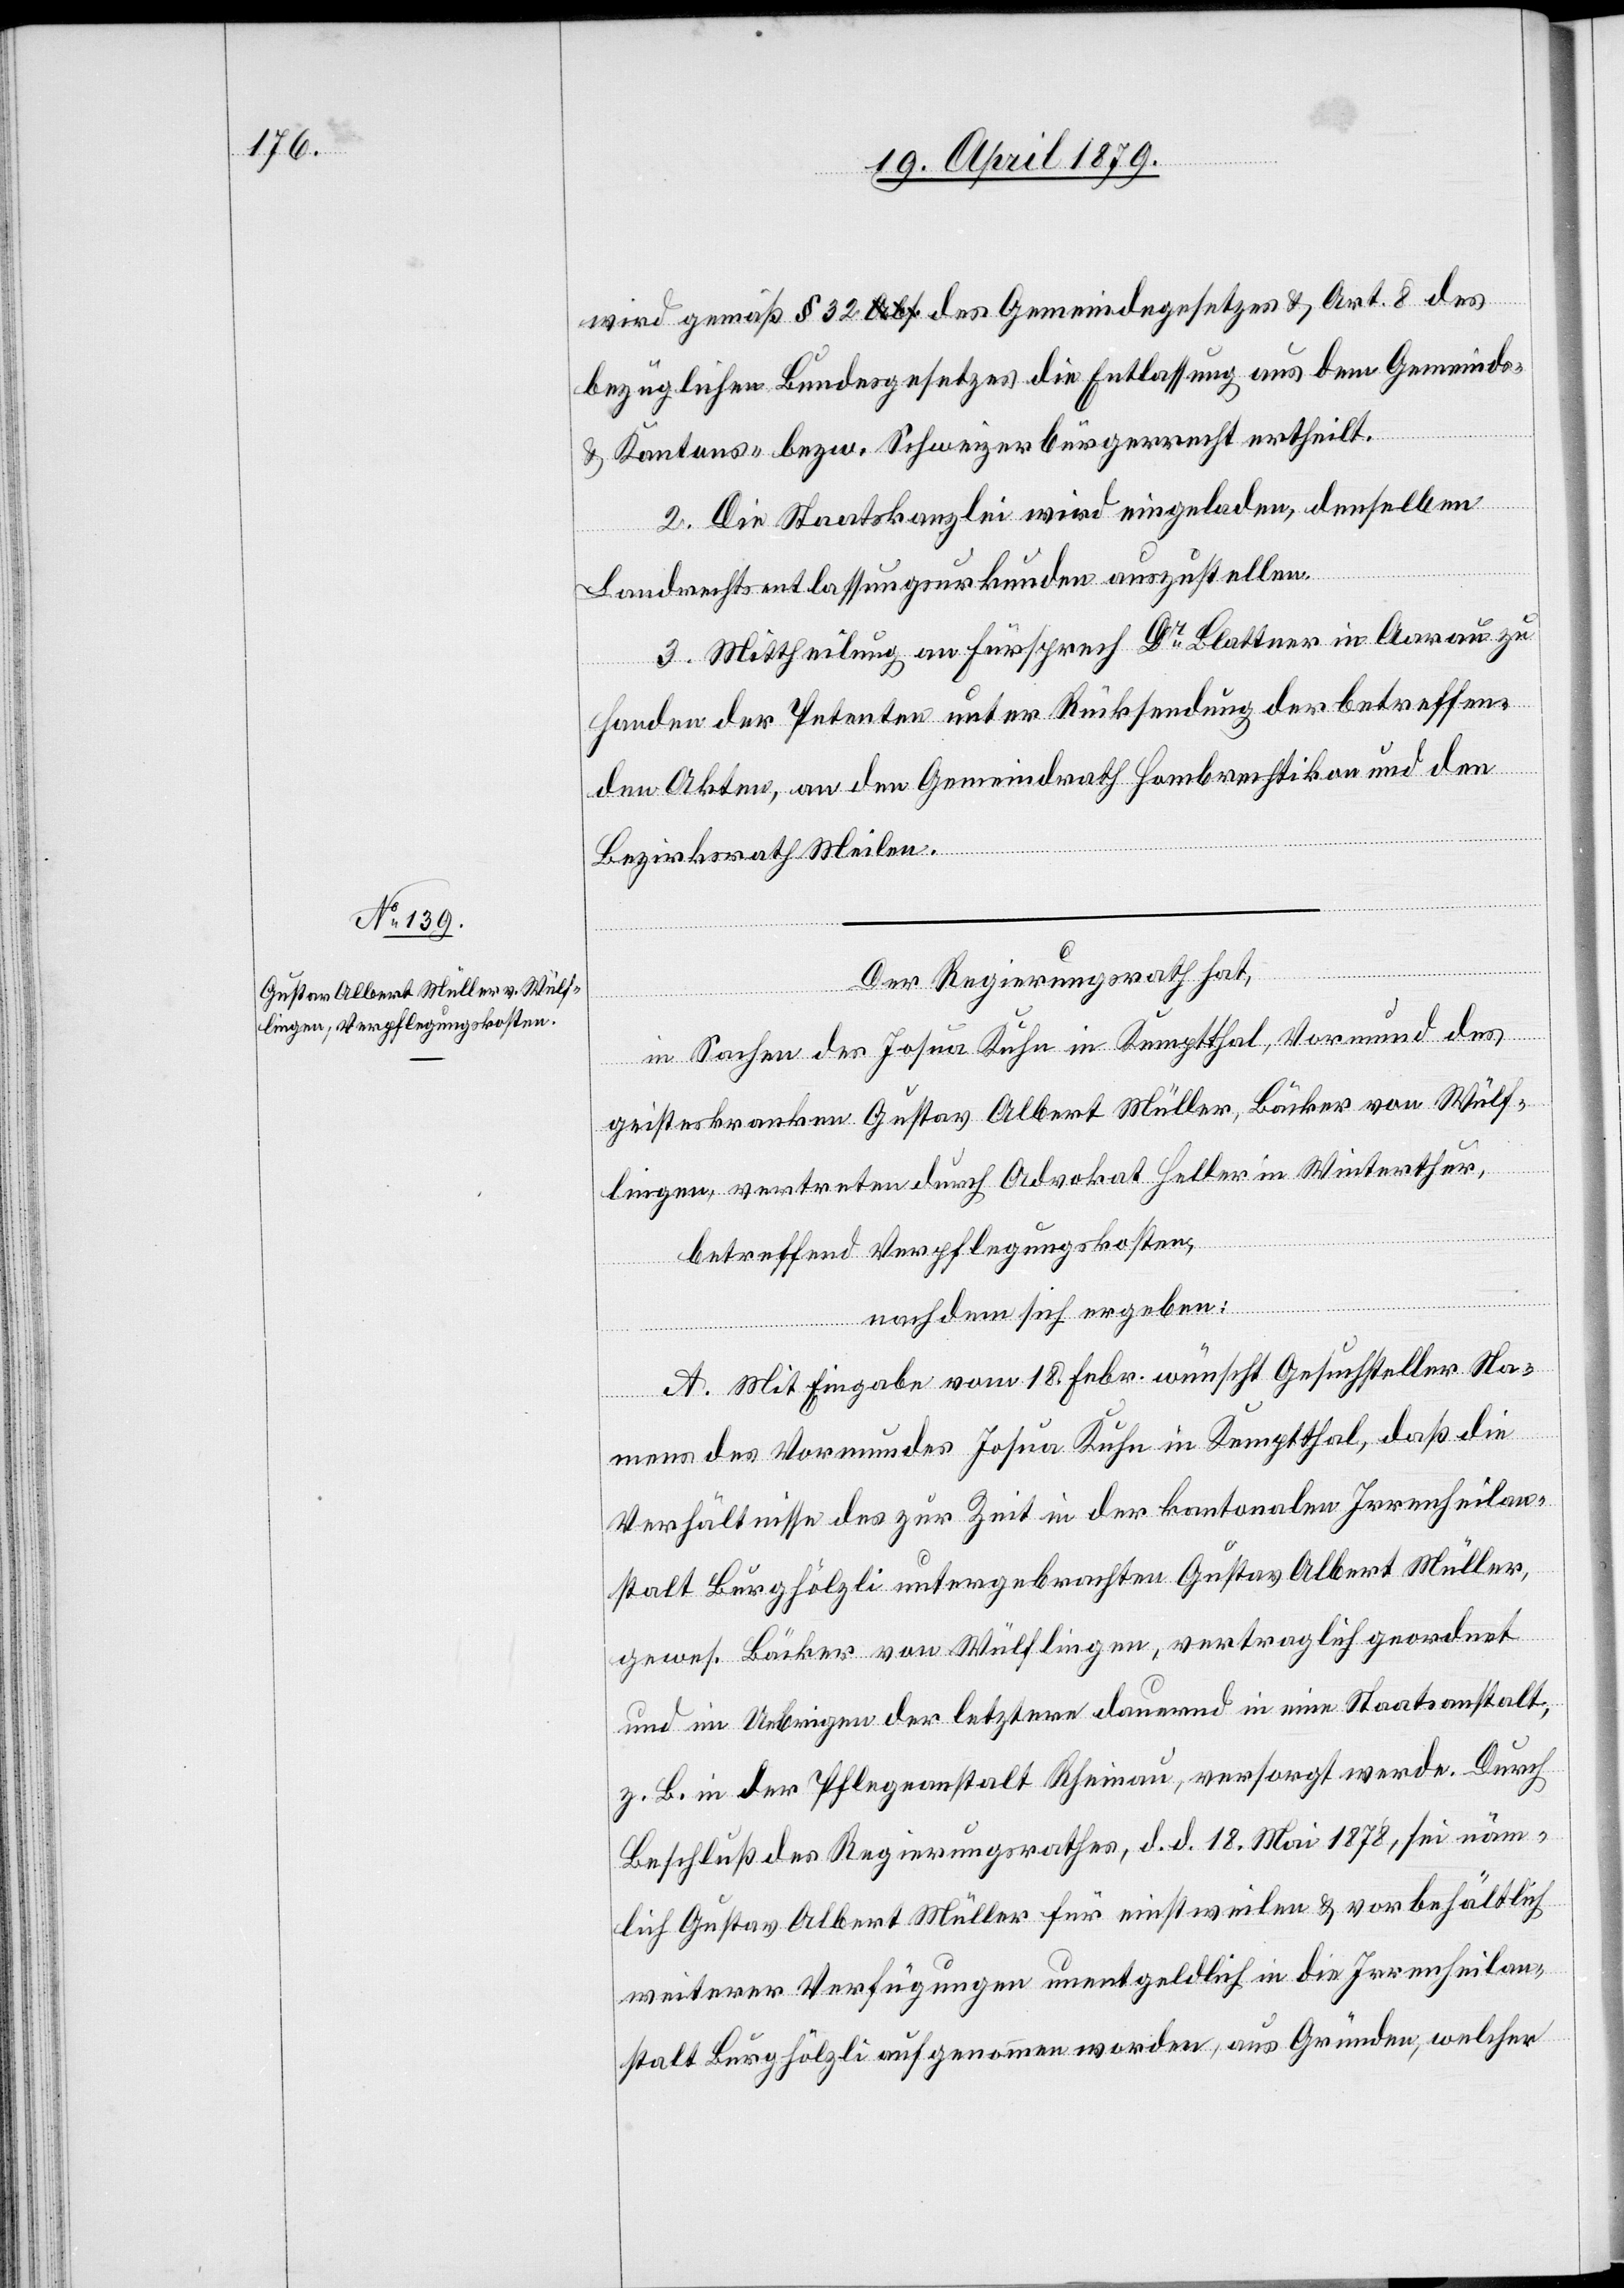
wird gemäß § 32 des Gemeindegesetzes & Art. 8 des
bezüglichen Bundesgesetzes die Entlassung aus dem Gemeinds-
& Kantons- bezw. Schweizerbürgerrecht ertheilt.
2. Die Staatskanzlei wird eingeladen, denselben
Landrechtsentlassungsurkunden auszustellen.
3. Mittheilung an Fürsprech Dr Blattner in Aarau zu
Handen der Petenten unter Rücksendung der betreffen¬
den Akten, an den Gemeindrath Hombrechtikon und den
Bezirksrath Meilen.
Der Regierungsrath hat,
in Sachen des Josua Kuhn in Kemptthal, Vormund des
geisteskranken Gustav Albert Müller, Bäcker von Wülf¬
lingen, vertreten durch Advokat Heller in Winterthur,
betreffend Verpflegungskosten,
nachdem sich ergeben:
A. Mit Eingabe vom 18. Febr. wünscht Gesuchsteller Na¬
mens des Vormundes Josua Kuhn in Kemptthal, daß die
Verhältnisse des zur Zeit in der kantonalen Irrenheilan¬
stalt Burghölzli untergebrachten Gustav Albert Müller,
gewes. Bäcker von Wülflingen, vertraglich geordnet
und im Uebrigen der letztere dauernd in eine Staatsanstalt,
z. B. in der Pflegeanstalt Rheinau, versorgt werde. Durch
Beschluß des Regierungsrathes, d. d. 18. Mai 1878, sei näm¬
lich Gustav Albert Müller für einstweilen & vorbehältlich
weiterer Verfügungen unentgeldlich in die Irrenheilan¬
stalt Burghölzli aufgenommen worden, aus Gründen, welcher